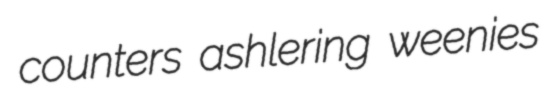
counters ashlering weenies